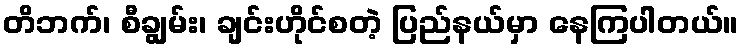
တိဘက်၊ စီချွမ်း၊ ချင်းဟိုင်စတဲ့ ပြည်နယ်မှာ နေကြပါတယ်။